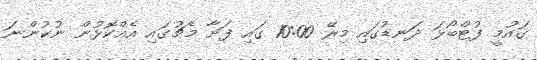
ގައުމީ ފުޓްބޯޅަ ދަނޑުގައި މިރޭ 10:00 ގައި ފަށާ މެޗުގައި އެއްކޮޅުން ނުކުންނަ